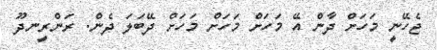
ޖެހޭނީ މަހަށް ދާން އޭ މަހަށް މަަހަށް މަހަށް ދޭބަލަ ދެން. ރަންރީނދޫ